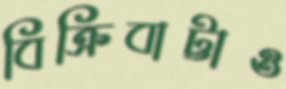
বিক্রিবাট্টাও